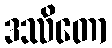
ဒဿိတော